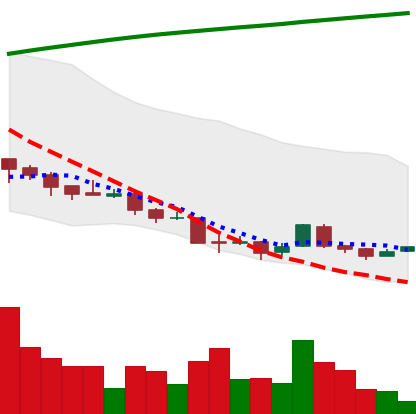
Ticker: XRP-USD
Chart end date: 2018-04-08
Forward return: 27.516%
Label: up_7plus